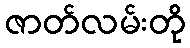
ဇာတ်လမ်းတို